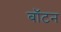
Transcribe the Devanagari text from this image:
बॉटन